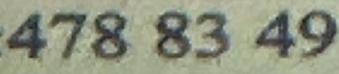
478 83 49